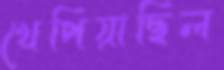
খেপিয়াছিল